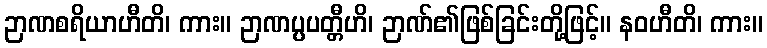
ဉာဏစရိယာဟီတိ၊ ကား။ ဉာဏပ္ပပတ္တီဟိ၊ ဉာဏ်၏ဖြစ်ခြင်းတို့ဖြင့်။ နဝဟီတိ၊ ကား။